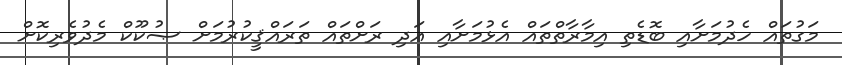
މަގުތައް ހެދުމަށާއި ބޮޑެތި އިމާރާތްތައް އެޅުމަށާއި އަދި ރަށްތައް ތަރައްޤީކުރުމަށް ޞުކޫކް މެދުވެރިކޮށް